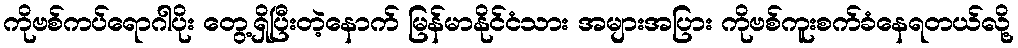
ကိုဗစ်ကပ်ရောဂါပိုး တွေ့ရှိပြီးတဲ့နောက် မြန်မာနိုင်ငံသား အများအပြား ကိုဗစ်ကူးစက်ခံနေရတယ်လို့